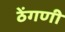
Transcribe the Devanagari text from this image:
ठेंगणी